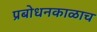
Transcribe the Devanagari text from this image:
प्रबोधनकाळाच